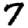
Digit: 7